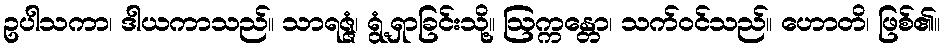
ဥပါသကာ၊ ဒါယကာသည်။ သာရဇ္ဇံ၊ ရွံ့ရှာခြင်းသို့။ ဩက္ကန္တော၊ သက်ဝင်သည်။ ဟောတိ၊ ဖြစ်၏။